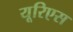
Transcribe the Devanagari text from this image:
यूरिएस